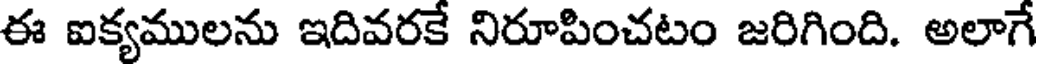
ఈ ఐక్యములను ఇదివరకే నిరూపించటం జరిగింది. అలాగే